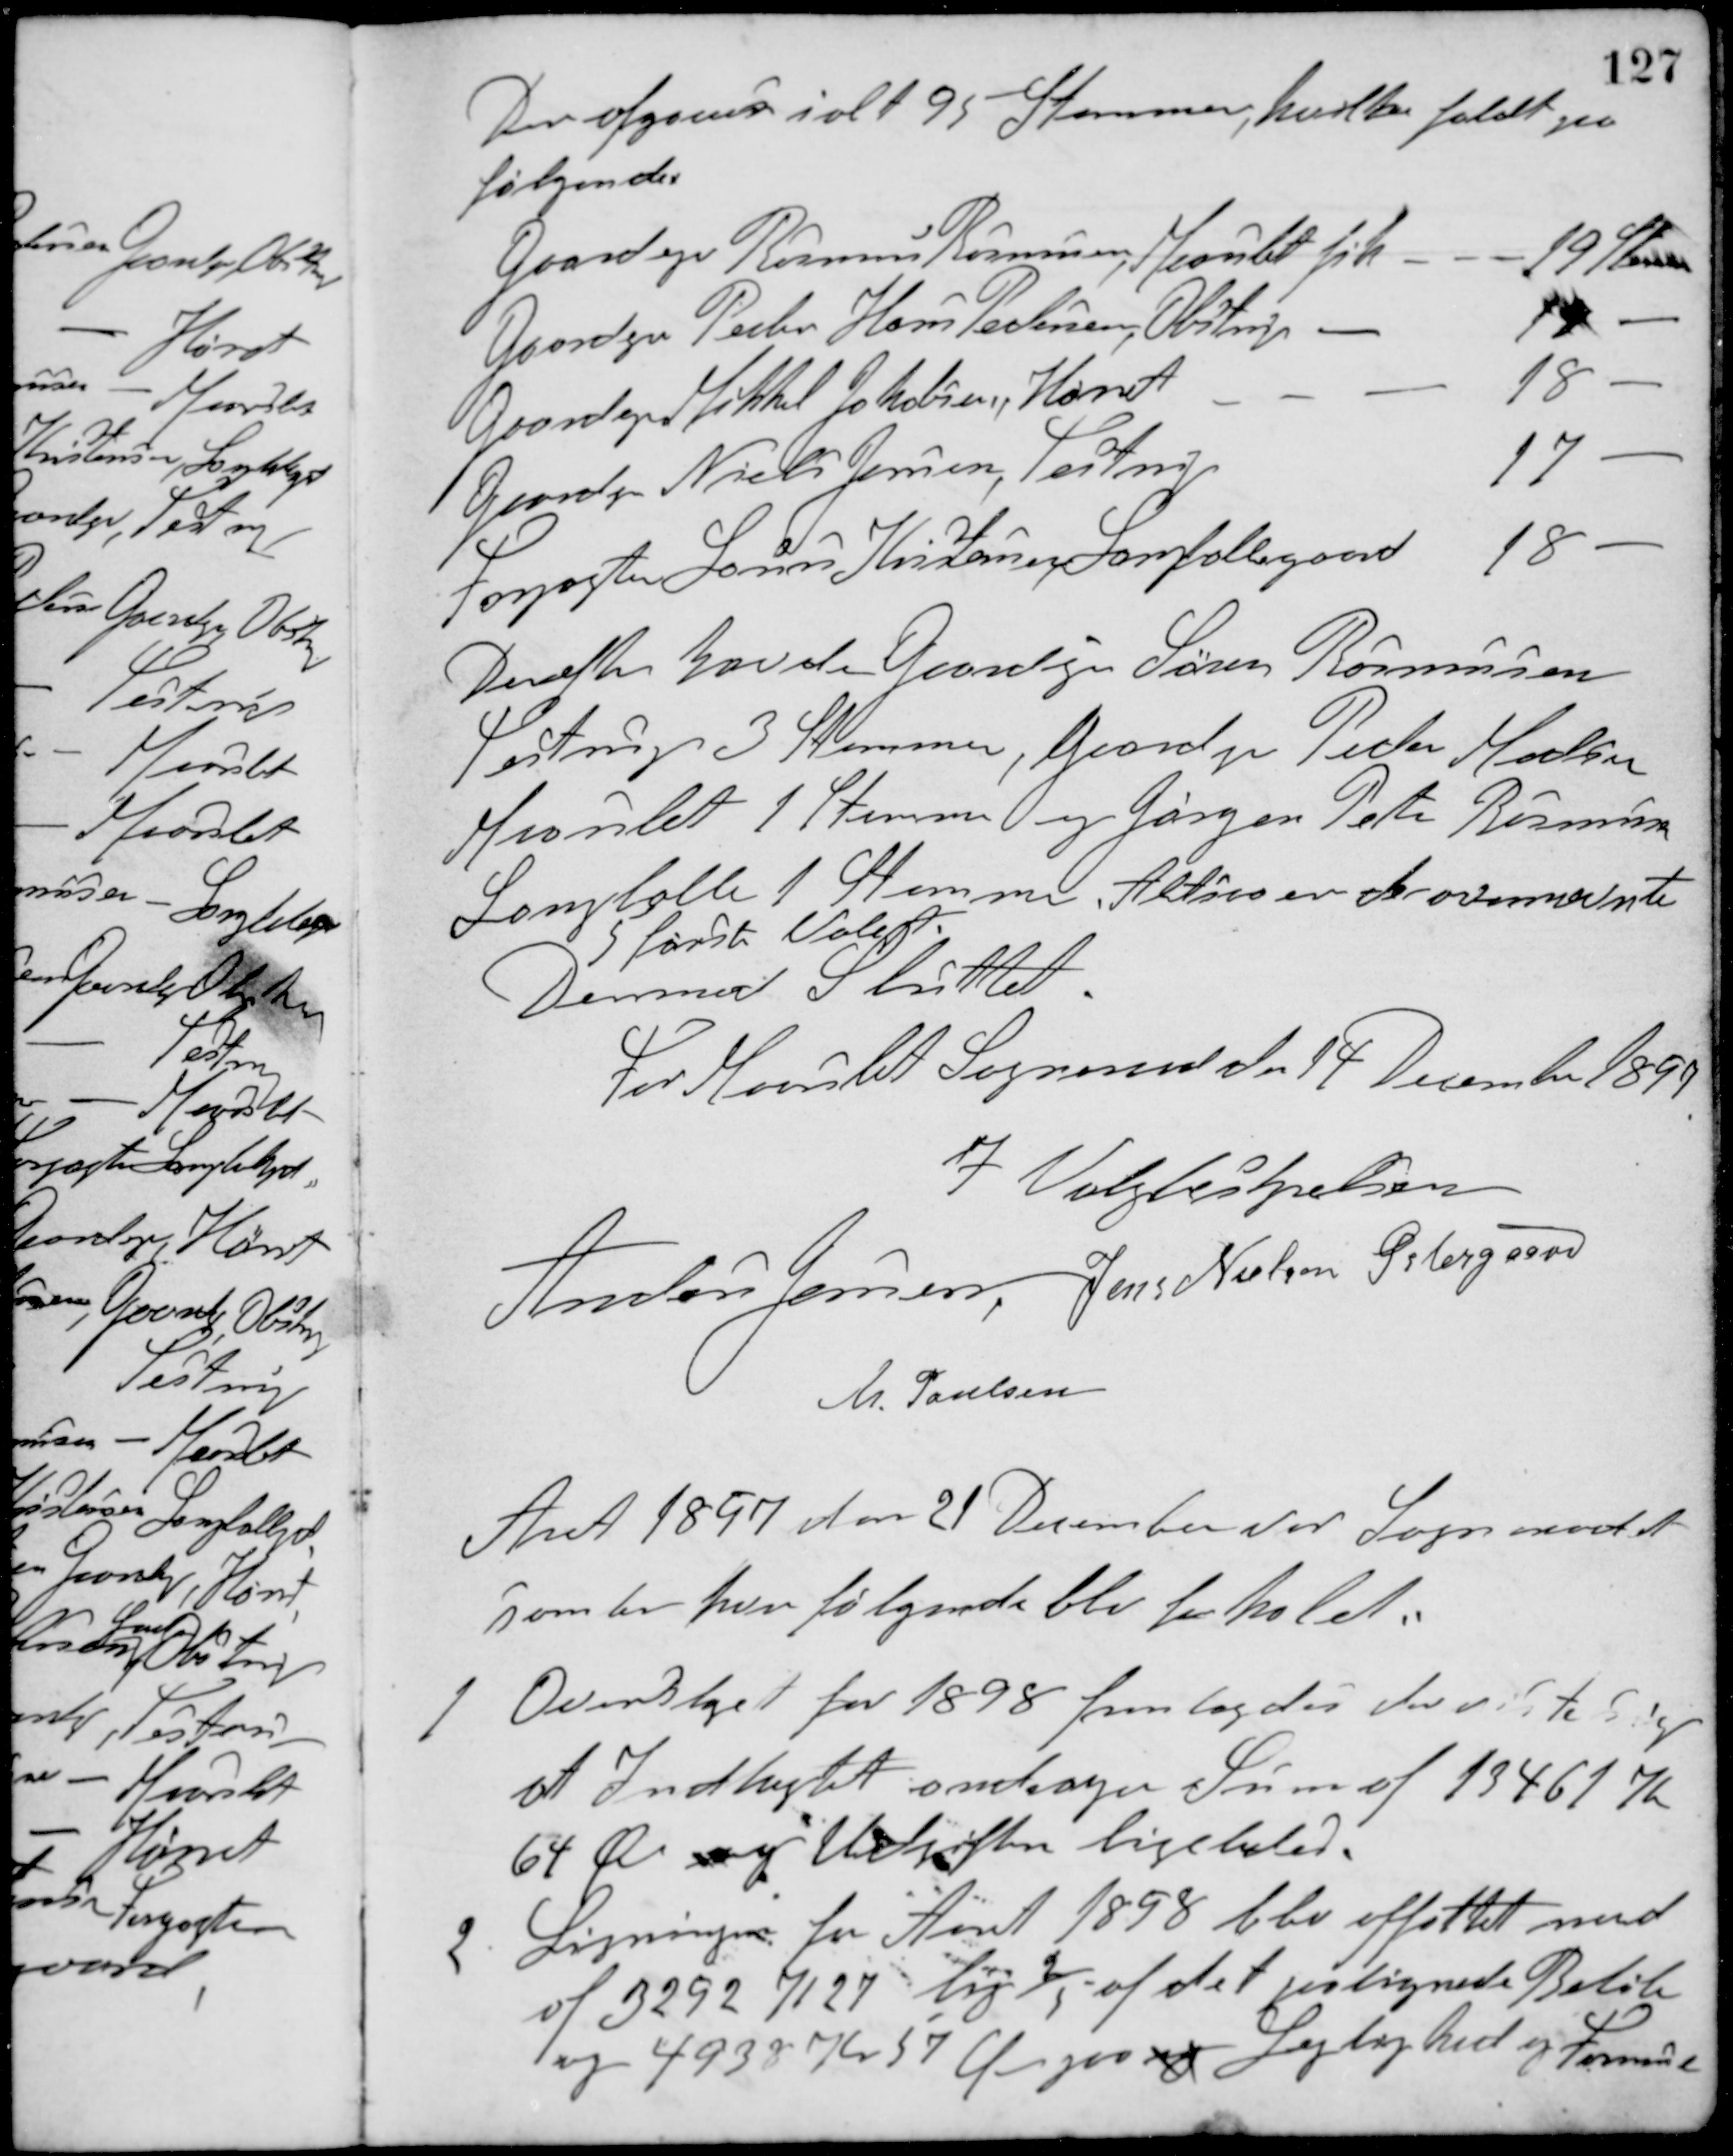
Transskription:
Der afgaves ialt 95 Stemmer, hvilke faldt paa
følgende:
Gaardejer Rasmus Rasmussen, Maarslet fik
19 Stemmer
Gaardejer Peder Hans Pedersen, Obstrup -
19 -
Gaardejer Mikkel Jakobsen, Hørret
18 -
Gaardejer Niels Jensen, Testrup
17 -
Forpagter Laurs Kristensen Langballegaard
18 -
Derefter havde Gaardejer Søren Rasmussen
Testrup 3 Stemmer, Gaardejer Peder Madsen
Maarslet 1 Stemme og Jørgen Peter Rasmussen,
Langballe 1 Stemme. Altsaa er de ovennævnte
5 første Valgt.
Dermed Sluttet
For Maarslet Sogneraad den 14 December 1897
I Valgbestyrelsen
Anders Jensen Jens Nielsen Østergaard
M. Poulsen
Aaret 1897 den 21 December var Sogneraadet
samlet hvor følgende blev forhandlet:
1. Overslaget for 1898 femlagdes der viste sig
at Indtægtet andrager Sum af 13461 K
64 Ø og Udgiften ligeledes.
2. Ligningen for Aaret 1898 blev affattet med
af 3292 K 27 lig 2/5 af det paalignede Beløb
og 4938 Kr 57 Ø paa og Lejlighed og Formue.